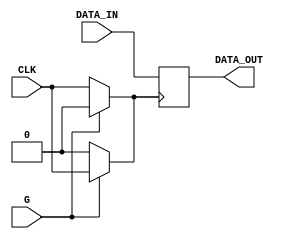
module clock_gated_memory (
    input wire CLK,     // Main clock signal
    input wire G,       // Gating signal
    input wire [7:0] DATA_IN, // Data input
    output wire [7:0] DATA_OUT  // Data output
);

// Internal signals
wire clk_gated;
wire clk_inv;

// Inverter for gating signal
assign clk_inv = ~G;

// PMOS transistor for clock gating
// When G is high, PMOS is ON, allowing CLK to propagate
// When G is low, PMOS is OFF, blocking CLK
assign clk_gated = (G) ? CLK : 1'b0;

// NMOS transistor for clock gating
// When G is low, NMOS is ON, allowing CLK to propagate
// When G is high, NMOS is OFF, blocking CLK
assign clk_gated = (G) ? 1'b0 : CLK;

// Memory block
reg [7:0] memory [0:255]; // Simple memory array
always @(posedge clk_gated) begin
    // Memory write operation
    memory[0] <= DATA_IN; // For example, writing to address 0
end

// Memory read operation
assign DATA_OUT = memory[0]; // For example, reading from address 0

endmodule